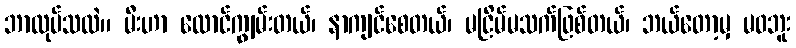
ဘာလုပ်သလဲ။ မီးဟာ လောင်ကျွမ်းတယ်၊ နာကျင်စေတယ်၊ မငြိမ်မသက်ဖြစ်တယ်၊ ဘယ်တော့မှ မဝဘူး